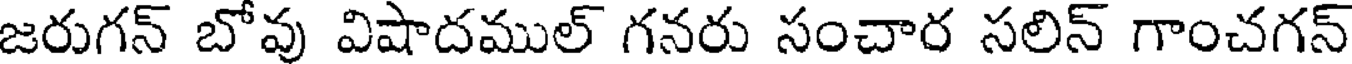
జరుగన్ బోవు విషాదముల్ గనరు సంచార సలిన్ గాంచగన్